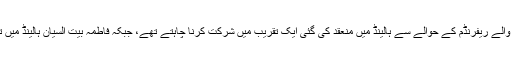
وزیرخارجہ مولود جاویش اوغلو ترکی میں صدارتی نظام کے لیے 16 اپریل کو ہونے والے ریفرنڈم کے حوالے سے ہالینڈ میں منعقد کی گئی ایک تقریب میں شرکت کرنا چاہتے تھے، جبکہ فاطمہ بیت السیان ہالینڈ میں ترک سفارت خانے کی ایک تقریب میں شرکت کے لیے جرمنی سے ہالینڈ جارہی تھیں۔